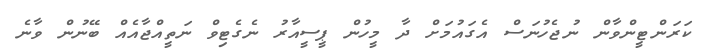
ކަރަންޓީންވާން ނުޖެހުނަސް އެގައުމަށް ދާ މީހުން ޕީސީއާރު ނެގެޓިވް ނަތީއްޖާއެއް ބޭނުން ވާނެ